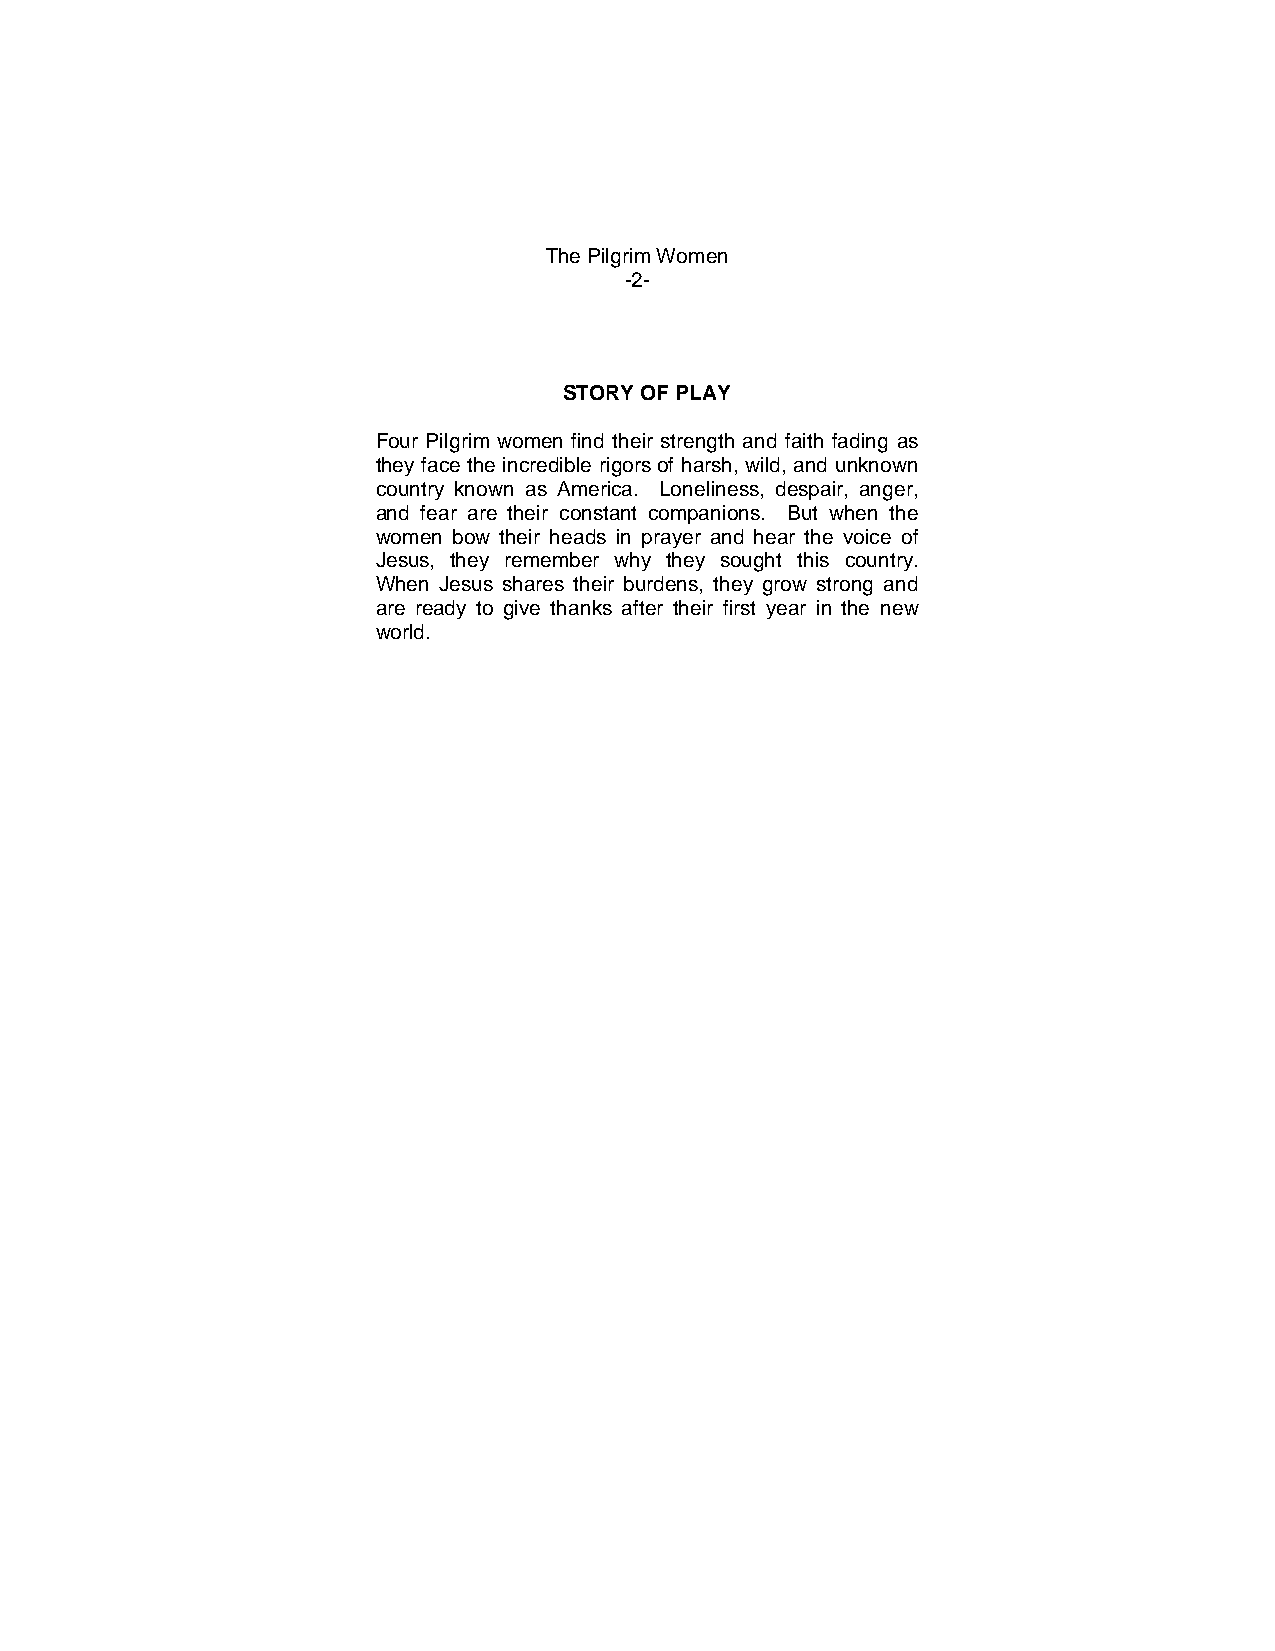
The Pilgrim Women
 -2-
 STORY OF PLAY
 Four Pilgrim women find their strength and faith fading as
 they face the incredible rigors of harsh, wild, and unknown
 country known as America. Loneliness, despair, anger,
 and fear are their constant companions. But when the
 women bow their heads in prayer and hear the voice of
 Jesus, they remember why they sought this country.
 When Jesus shares their burdens, they grow strong and
 are ready to give thanks after their first year in the new
 world.